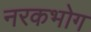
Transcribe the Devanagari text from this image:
नरकभोग